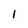
Character: l